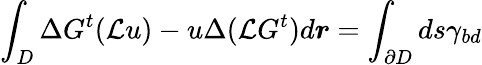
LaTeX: \int_{D}\Delta G^{t}(\mathcal{L}u)-u\Delta(\mathcal{L}G^{t})d\boldsymbol{r}=\int_{\partial D}ds\gamma_{bd}